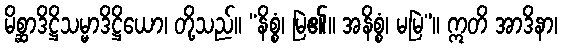
မိစ္ဆာဒိဋ္ဌိသမ္မာဒိဋ္ဌိယော၊ တို့သည်။ “နိစ္စံ၊ မြဲ၏။ အနိစ္စံ၊ မမြဲ”။ ဣတိ အာဒိနာ၊